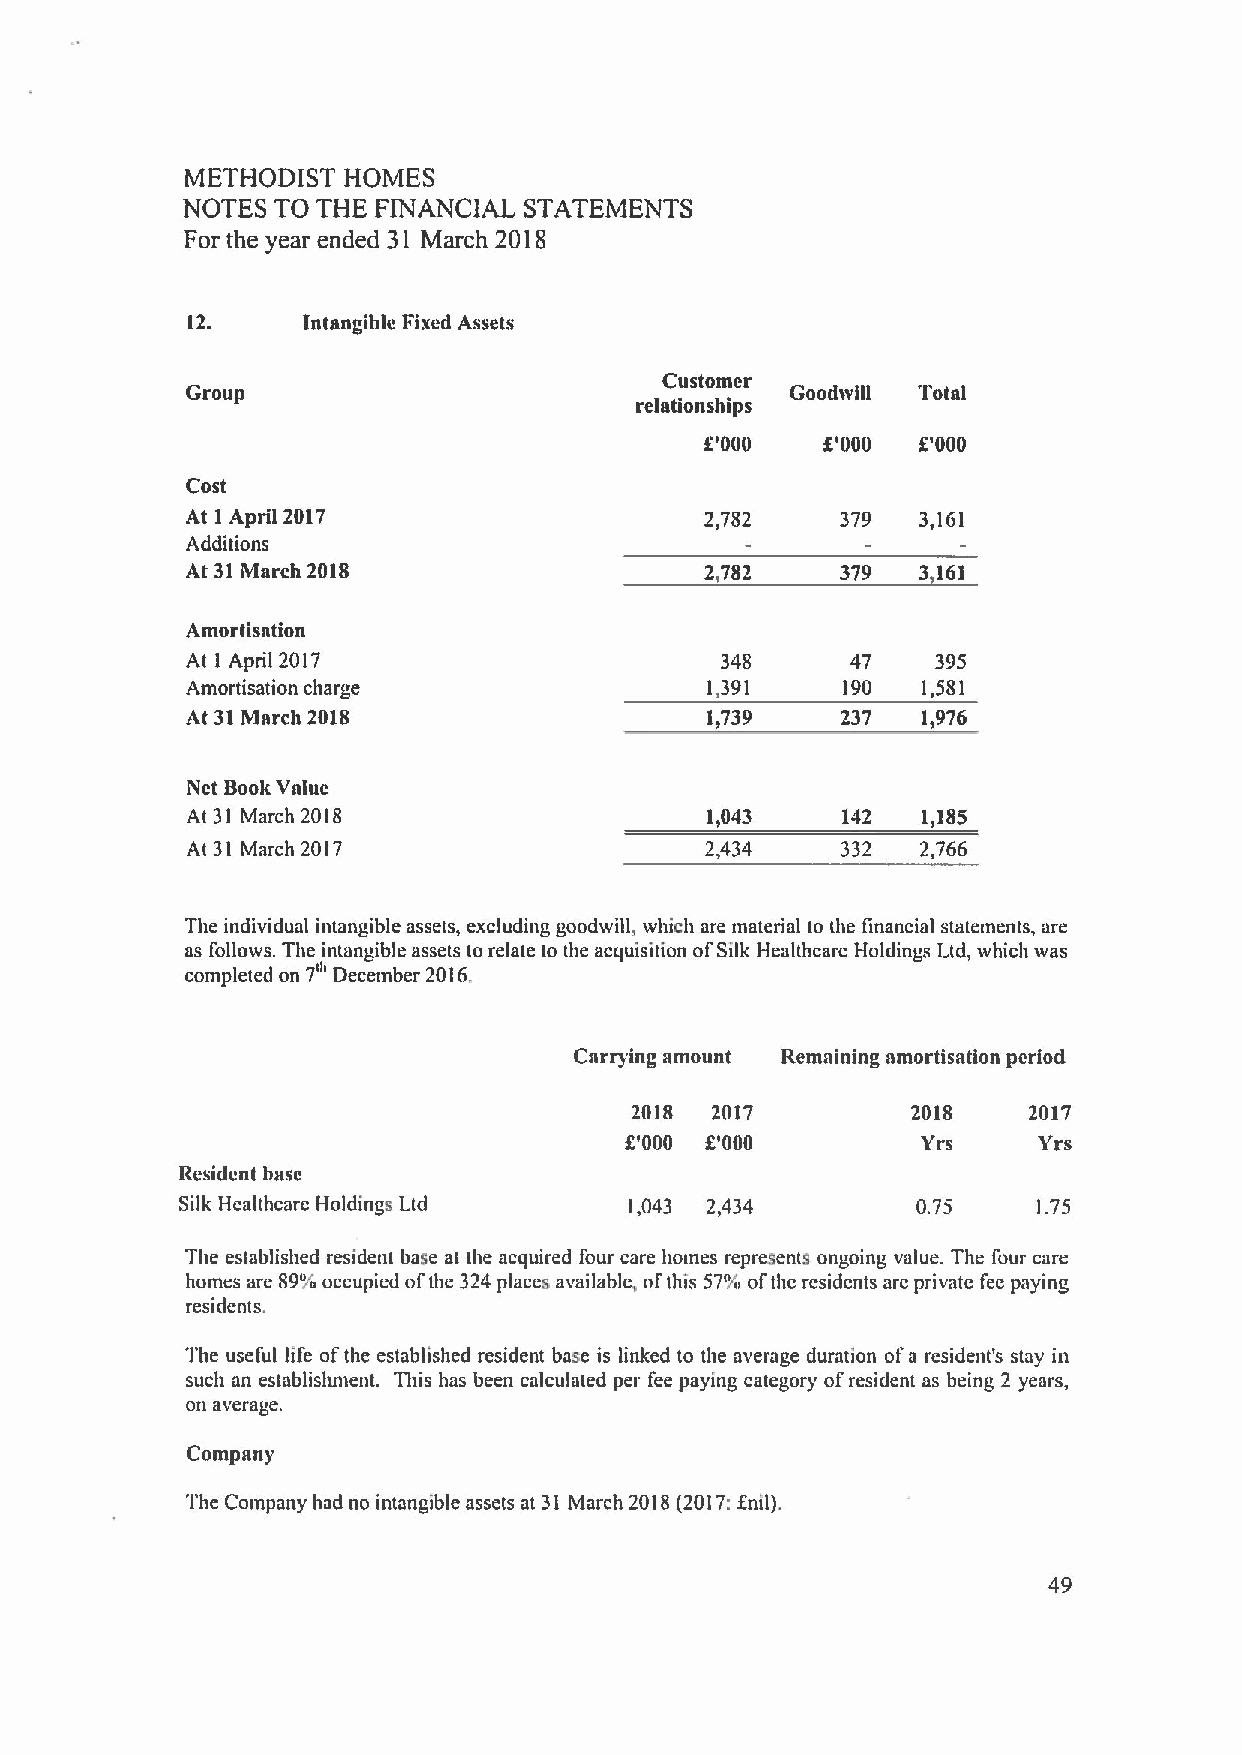
METHODIST  HOMES
 NOTES TO THE FINANCIAL STATEMENTS
 For the year ended 31 March 2018
 12.     Intangible Fixed Assets
 Customer
 Group
 relationships
 f'000   f'000 f'000
 Cost
 At 1 April 2017                    2,782    379  3,161
 Additions
 At 31March 2018                    2,782    379  3 161
 Amortisation
 At 1 April 2017                     348     47    395
 Amortisation charge                1,391    190  1,581
 At 31March 2018                    1,739    237  1,976
 Nct BookValue
 At 31 March 2018                   1,043    142  1,185
 At 31 March 2017                   2,434    332  2,766
 The individual intangible assets, excluding goodwill, which are material to the financial statements, are
 as follows. The intangible assets to relate to the acquisition ofSilk Healthcare Holdings Ltd, which was
 7"
 completed on December 2016,
 Carrying amount Remnining amortisation period
 2018 2017         2018    2017
 f'000 f'000         Yrs     Yrs
 Resident base
 Silk Healthcare Holdings Ltd  1,043 2,434        0.75    1.75
 The established resident base at the acquired four care homes represents ongoing value. The four care
 homes are 89"/ii occupied ofthe 324 places available, ofthis 57"lo ofthe residents are private fee paying
 residents.
 The useful life ofthe established resident base is linked to the average duration ofa resident's stay in
 such an establishment. This has been calculated per fee paying category ofresident as being 2 years,
 on average.
 Company
 The Company had no intangible assets at 31 March 2018(2017:fnit).
 49